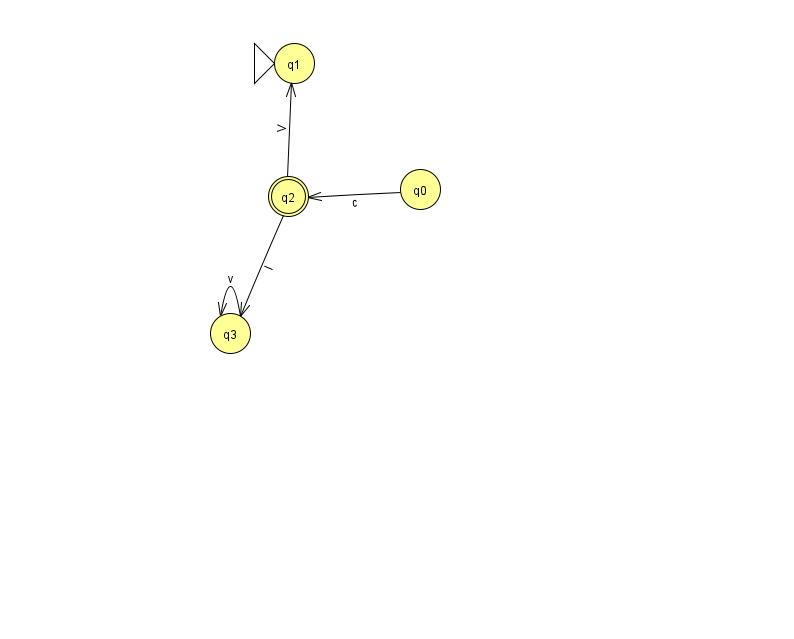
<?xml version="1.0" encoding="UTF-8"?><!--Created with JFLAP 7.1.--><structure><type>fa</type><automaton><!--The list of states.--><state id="0" name="q0"><x>420.0</x><y>176.0</y></state><state id="1" name="q1"><x>294.0</x><y>50.0</y><initial/></state><state id="2" name="q2"><x>288.0</x><y>183.0</y><final/></state><state id="3" name="q3"><x>230.0</x><y>320.0</y></state><!--The list of transitions.--><transition><from>2</from><to>1</to><read>V</read></transition><transition><from>2</from><to>3</to><read>l</read></transition><transition><from>3</from><to>3</to><read>v</read></transition><transition><from>0</from><to>2</to><read>c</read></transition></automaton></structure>